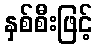
နှစ်စီးဖြင့်